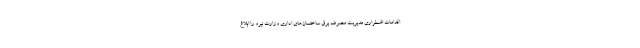
اقدامات اضطراری مدیریت مصرف برق ساختمان‌های اداری وزارت نیرو را ابلاغ